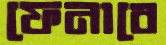
ফেনাবে